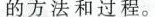
的方法和过程。